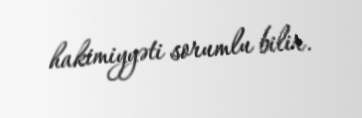
hakimiyyəti sorumlu bilir.